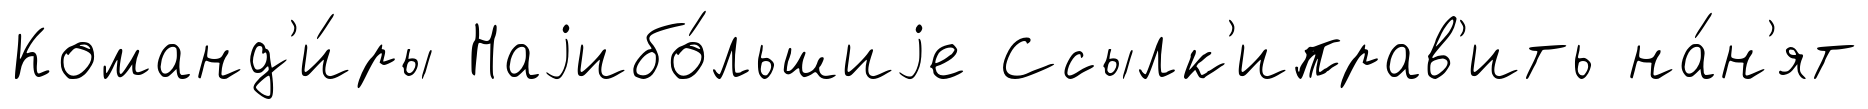
Команд'и́ры Наjибо́льшиjе Ссылк'иправ'ить на́н'ят